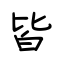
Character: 皆